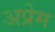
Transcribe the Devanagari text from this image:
अप्रेम